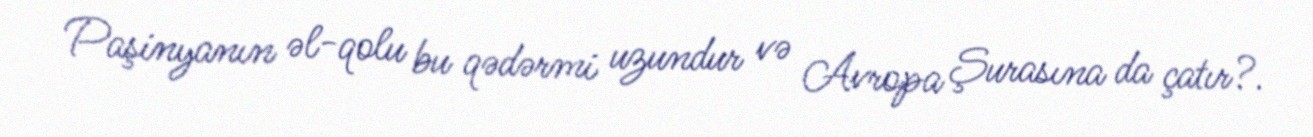
Paşinyanın əl-qolu bu qədərmi uzundur və Avropa Şurasına da çatır?.